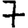
Digit: 7